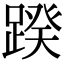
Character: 䠏